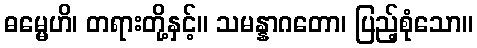
ဓမ္မေဟိ၊ တရားတို့နှင့်။ သမန္နာဂတော၊ ပြည့်စုံသော။